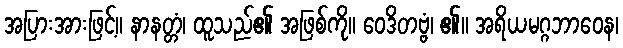
အပြားအားဖြင့်။ နာနတ္တံ၊ ထူသည်၏ အဖြစ်ကို။ ဝေဒိတဗ္ဗံ၊ ၏။ အရိယမဂ္ဂဘာဝေန၊